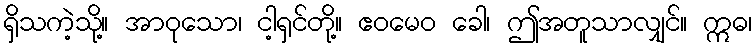
ရှိသကဲ့သို့။ အာဝုသော၊ ငါ့ရှင်တို့။ ဧဝမေဝ ခေါ၊ ဤအတူသာလျှင်။ ဣဓ၊